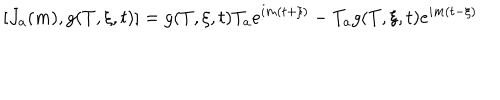
[ J _ { a } ( m ) , g ( T , \xi , t ) ] = g ( T , \xi , t ) T _ { a } e ^ { i m ( t + \xi ) } - T _ { a } g ( T , \xi , t ) e ^ { i m ( t - \xi ) }